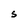
Character: S